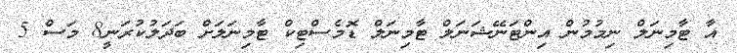
އާ ޓާމިނަލް ނިމުމުން އިންޓަނޭޝަނަލް ޓާމިނަލް ޑޮމެސްޓިކް ޓާމިނަލަށް ބަދަލުކުރަނީ8 މަސް 5